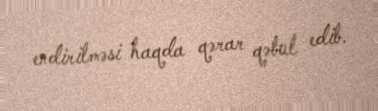
endirilməsi haqda qərar qəbul edib.